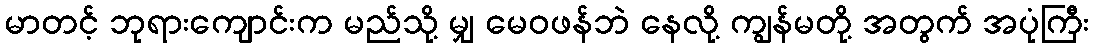
မာတင့် ဘုရားကျောင်းက မည်သို့ မျှ မေဝဖန်ဘဲ နေလို့ ကျွန်မတို့ အတွက် အပုံကြီး